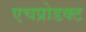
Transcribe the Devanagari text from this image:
एचप्रोडक्ट